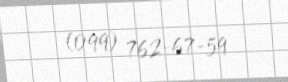
(099) 762-67-59